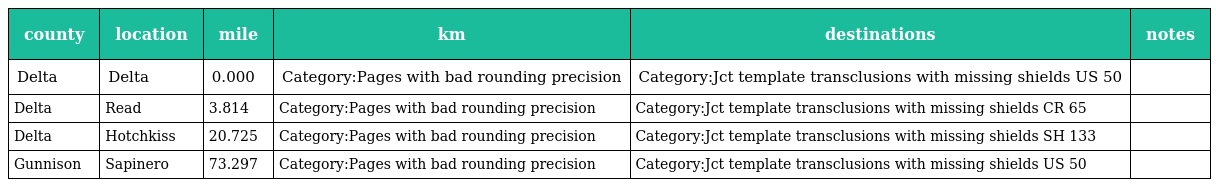
| county | location | mile | km | destinations | notes |
 | --- | --- | --- | --- | --- | --- |
 | Delta | Delta | 0.000 | Category:Pages with bad rounding precision | Category:Jct template transclusions with missing shields US 50 |  |
 | Delta | Read | 3.814 | Category:Pages with bad rounding precision | Category:Jct template transclusions with missing shields CR 65 |  |
 | Delta | Hotchkiss | 20.725 | Category:Pages with bad rounding precision | Category:Jct template transclusions with missing shields SH 133 |  |
 | Gunnison | Sapinero | 73.297 | Category:Pages with bad rounding precision | Category:Jct template transclusions with missing shields US 50 |  |